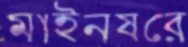
মাইনষরে